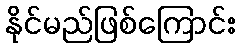
နိုင်မည်ဖြစ်ကြောင်း